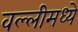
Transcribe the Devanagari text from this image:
वल्लीमध्ये